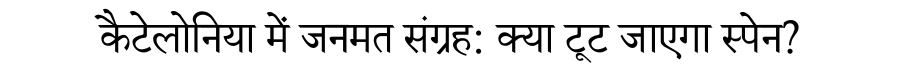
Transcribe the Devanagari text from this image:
कैटेलोनिया में जनमत संग्रह: क्या टूट जाएगा स्पेन?